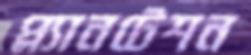
প্ল্যানটেশন